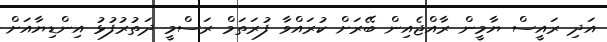
އަދި ރައީސް ޔާމީން ރާއްޖެއިން ބޭރަށް ކުރައްވާ ފުރަތަމް ރަސްމީ ދަތުރުފުޅު އިންޑިޔާއަށް